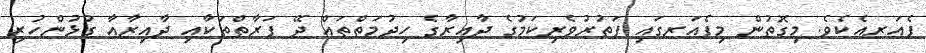
ފެއަރއެކެވެ. މިގޮތުން މިފެއަރގައި ފަތުރުވެރިކަމުގެ ދާއިރާގެ ހިދުމަތްތައް ދޭ ފަރާތްތަކާއި ދާއިރާއާ ގުޅުންހުރި